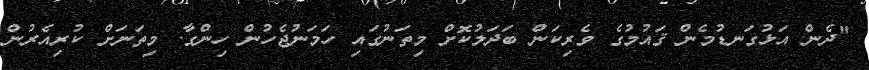
"ދެން އަޅުގަނޑުމެން ޤައުމުގެ ވެރިކަން ބަދަލުކޮށް މިތަނުގައި ހަމަނުޖެހުން ހިންގާ. މިތަނަށް ކުރިއެރުން